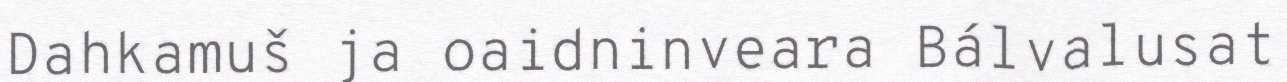
Dahkamuš ja oaidninveara Bálvalusat